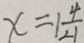
x = 1 \frac { 4 } { 2 1 }